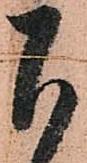
下